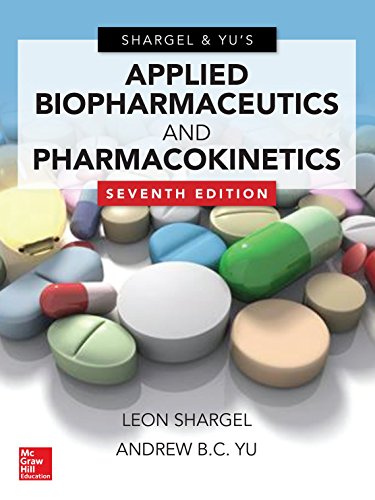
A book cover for Applied Biopharmaceutics & Pharmacokinetics, Seventh Edition; Leon Shargel; Medical Books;